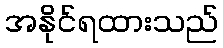
အနိုင်ရထားသည်